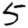
Digit: 5